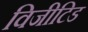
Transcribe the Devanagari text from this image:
विजीटिड